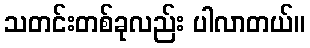
သတင်းတစ်ခုလည်း ပါလာတယ်။